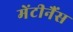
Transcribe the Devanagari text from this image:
मेंटीनैंस